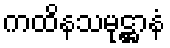
ကထိနသမုဋ္ဌာနံ